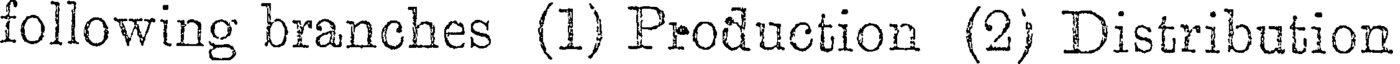
following branches (1) Production (2) Distribution